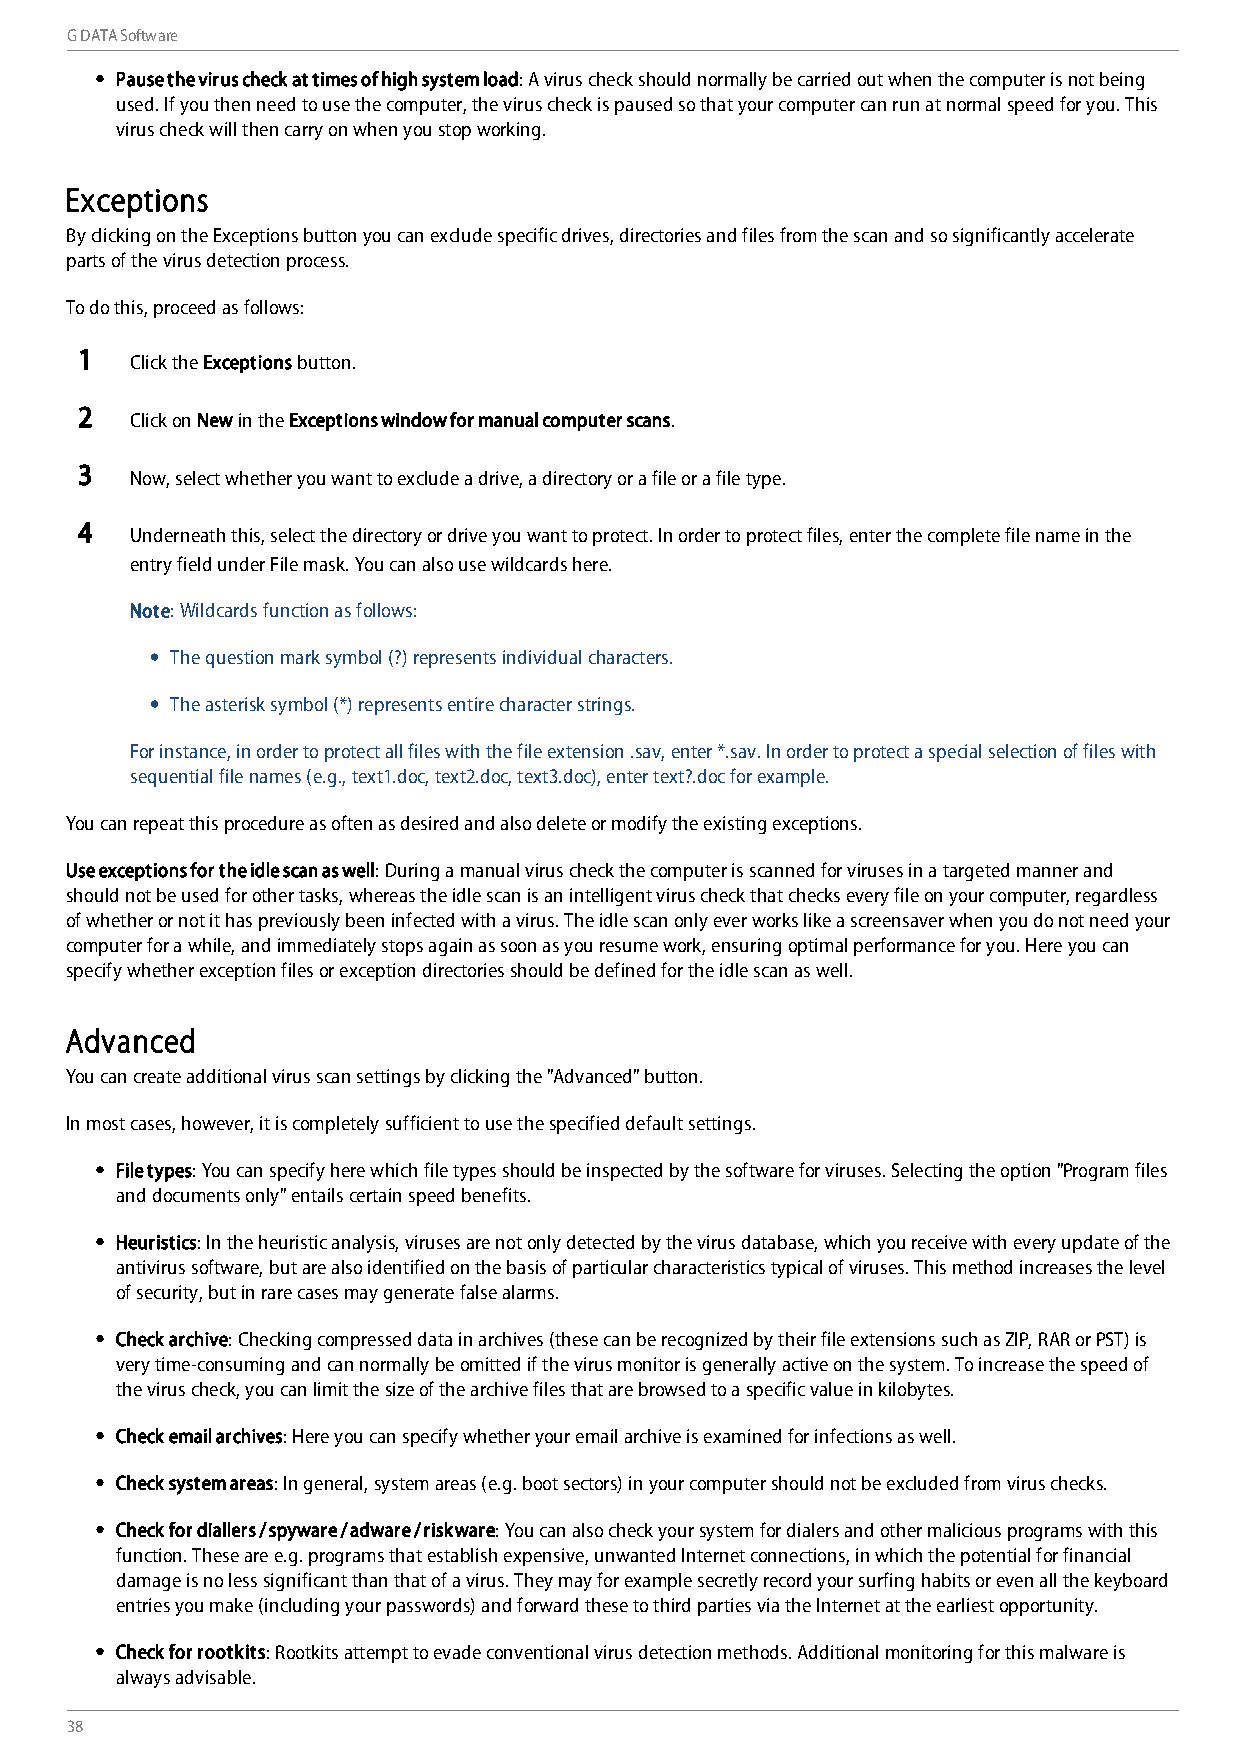
G DATA Software
 Pause the virus check at times of high system load: A virus check should normally be carried out when the computer is not being
 used. If you then need to use the computer, the virus check is paused so that your computer can run at normal speed for you. This
 virus check will then carry on when you stop working.
 Exceptions
 By clicking on the Exceptions button you can exclude specific drives, directories and files from the scan and so significantly accelerate
 parts of the virus detection process.
 To do this, proceed as follows:
 1
 Click the Exceptions button.
 2
 Click on New in the Exceptions window for manual computer scans.
 3
 Now, select whether you want to exclude a drive, a directory or a file or a file type.
 4
 Underneath this, select the directory or drive you want to protect. In order to protect files, enter the complete file name in the
 entry field under File mask. You can also use wildcards here.
 Note: Wildcards function as follows:
 The question mark symbol (?) represents individual characters.
 The asterisk symbol (*) represents entire character strings.
 For instance, in order to protect all files with the file extension .sav, enter *.sav. In order to protect a special selection of files with
 sequential file names (e.g., text1.doc, text2.doc, text3.doc), enter text?.doc for example.
 You can repeat this procedure as often as desired and also delete or modify the existing exceptions.
 Use exceptions for the idle scan as well: During a manual virus check the computer is scanned for viruses in a targeted manner and
 should not be used for other tasks, whereas the idle scan is an intelligent virus check that checks every file on your computer, regardless
 of whether or not it has previously been infected with a virus. The idle scan only ever works like a screensaver when you do not need your
 computer for a while, and immediately stops again as soon as you resume work, ensuring optimal performance for you. Here you can
 specify whether exception files or exception directories should be defined for the idle scan as well.
 Advanced
 You can create additional virus scan settings by clicking the "Advanced" button.
 In most cases, however, it is completely sufficient to use the specified default settings.
 File types: You can specify here which file types should be inspected by the software for viruses. Selecting the option "Program files
 and documents only" entails certain speed benefits.
 Heuristics: In the heuristic analysis, viruses are not only detected by the virus database, which you receive with every update of the
 antivirus software, but are also identified on the basis of particular characteristics typical of viruses. This method increases the level
 of security, but in rare cases may generate false alarms.
 Check archive: Checking compressed data in archives (these can be recognized by their file extensions such as ZIP, RAR or PST) is
 very time-consuming and can normally be omitted if the virus monitor is generally active on the system. To increase the speed of
 the virus check, you can limit the size of the archive files that are browsed to a specific value in kilobytes.
 Check email archives: Here you can specify whether your email archive is examined for infections as well.
 Check system areas: In general, system areas (e.g. boot sectors) in your computer should not be excluded from virus checks.
 Check for diallers / spyware / adware / riskware: You can also check your system for dialers and other malicious programs with this
 function. These are e.g. programs that establish expensive, unwanted Internet connections, in which the potential for financial
 damage is no less significant than that of a virus. They may for example secretly record your surfing habits or even all the keyboard
 entries you make (including your passwords) and forward these to third parties via the Internet at the earliest opportunity.
 Check for rootkits: Rootkits attempt to evade conventional virus detection methods. Additional monitoring for this malware is
 always advisable.
 38